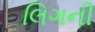
લિગની